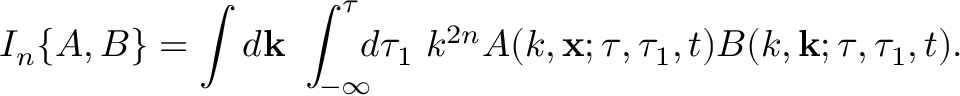
I _ { n } \{ { A , B } \} = \int d { \bf { k } } \ \int _ { - \infty } ^ { \tau } \! \! \! d \tau _ { 1 } \ k ^ { 2 n } A ( k , { \bf { x } } ; \tau , \tau _ { 1 } , t ) B ( k , { \bf { k } } ; \tau , \tau _ { 1 } , t ) .